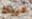
دريك